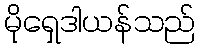
မိုရှေဒါယန်သည်